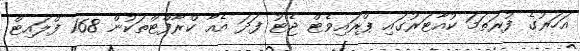
އަހަރުގެ ފުރަތަމަ ކުއާޓަރުގައި ޕްރައިވެޓް ޖެޓު ފަދަ އެއާ ކްރާފްޓްތަކުން 168 ފްލައިޓް